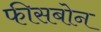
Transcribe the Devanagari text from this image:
फीसबोन